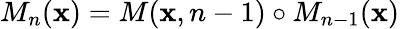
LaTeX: M_{n}({\mathbf x})=M({\mathbf x},n-1)\circ M_{n-1}({\mathbf x})